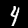
Digit: 4